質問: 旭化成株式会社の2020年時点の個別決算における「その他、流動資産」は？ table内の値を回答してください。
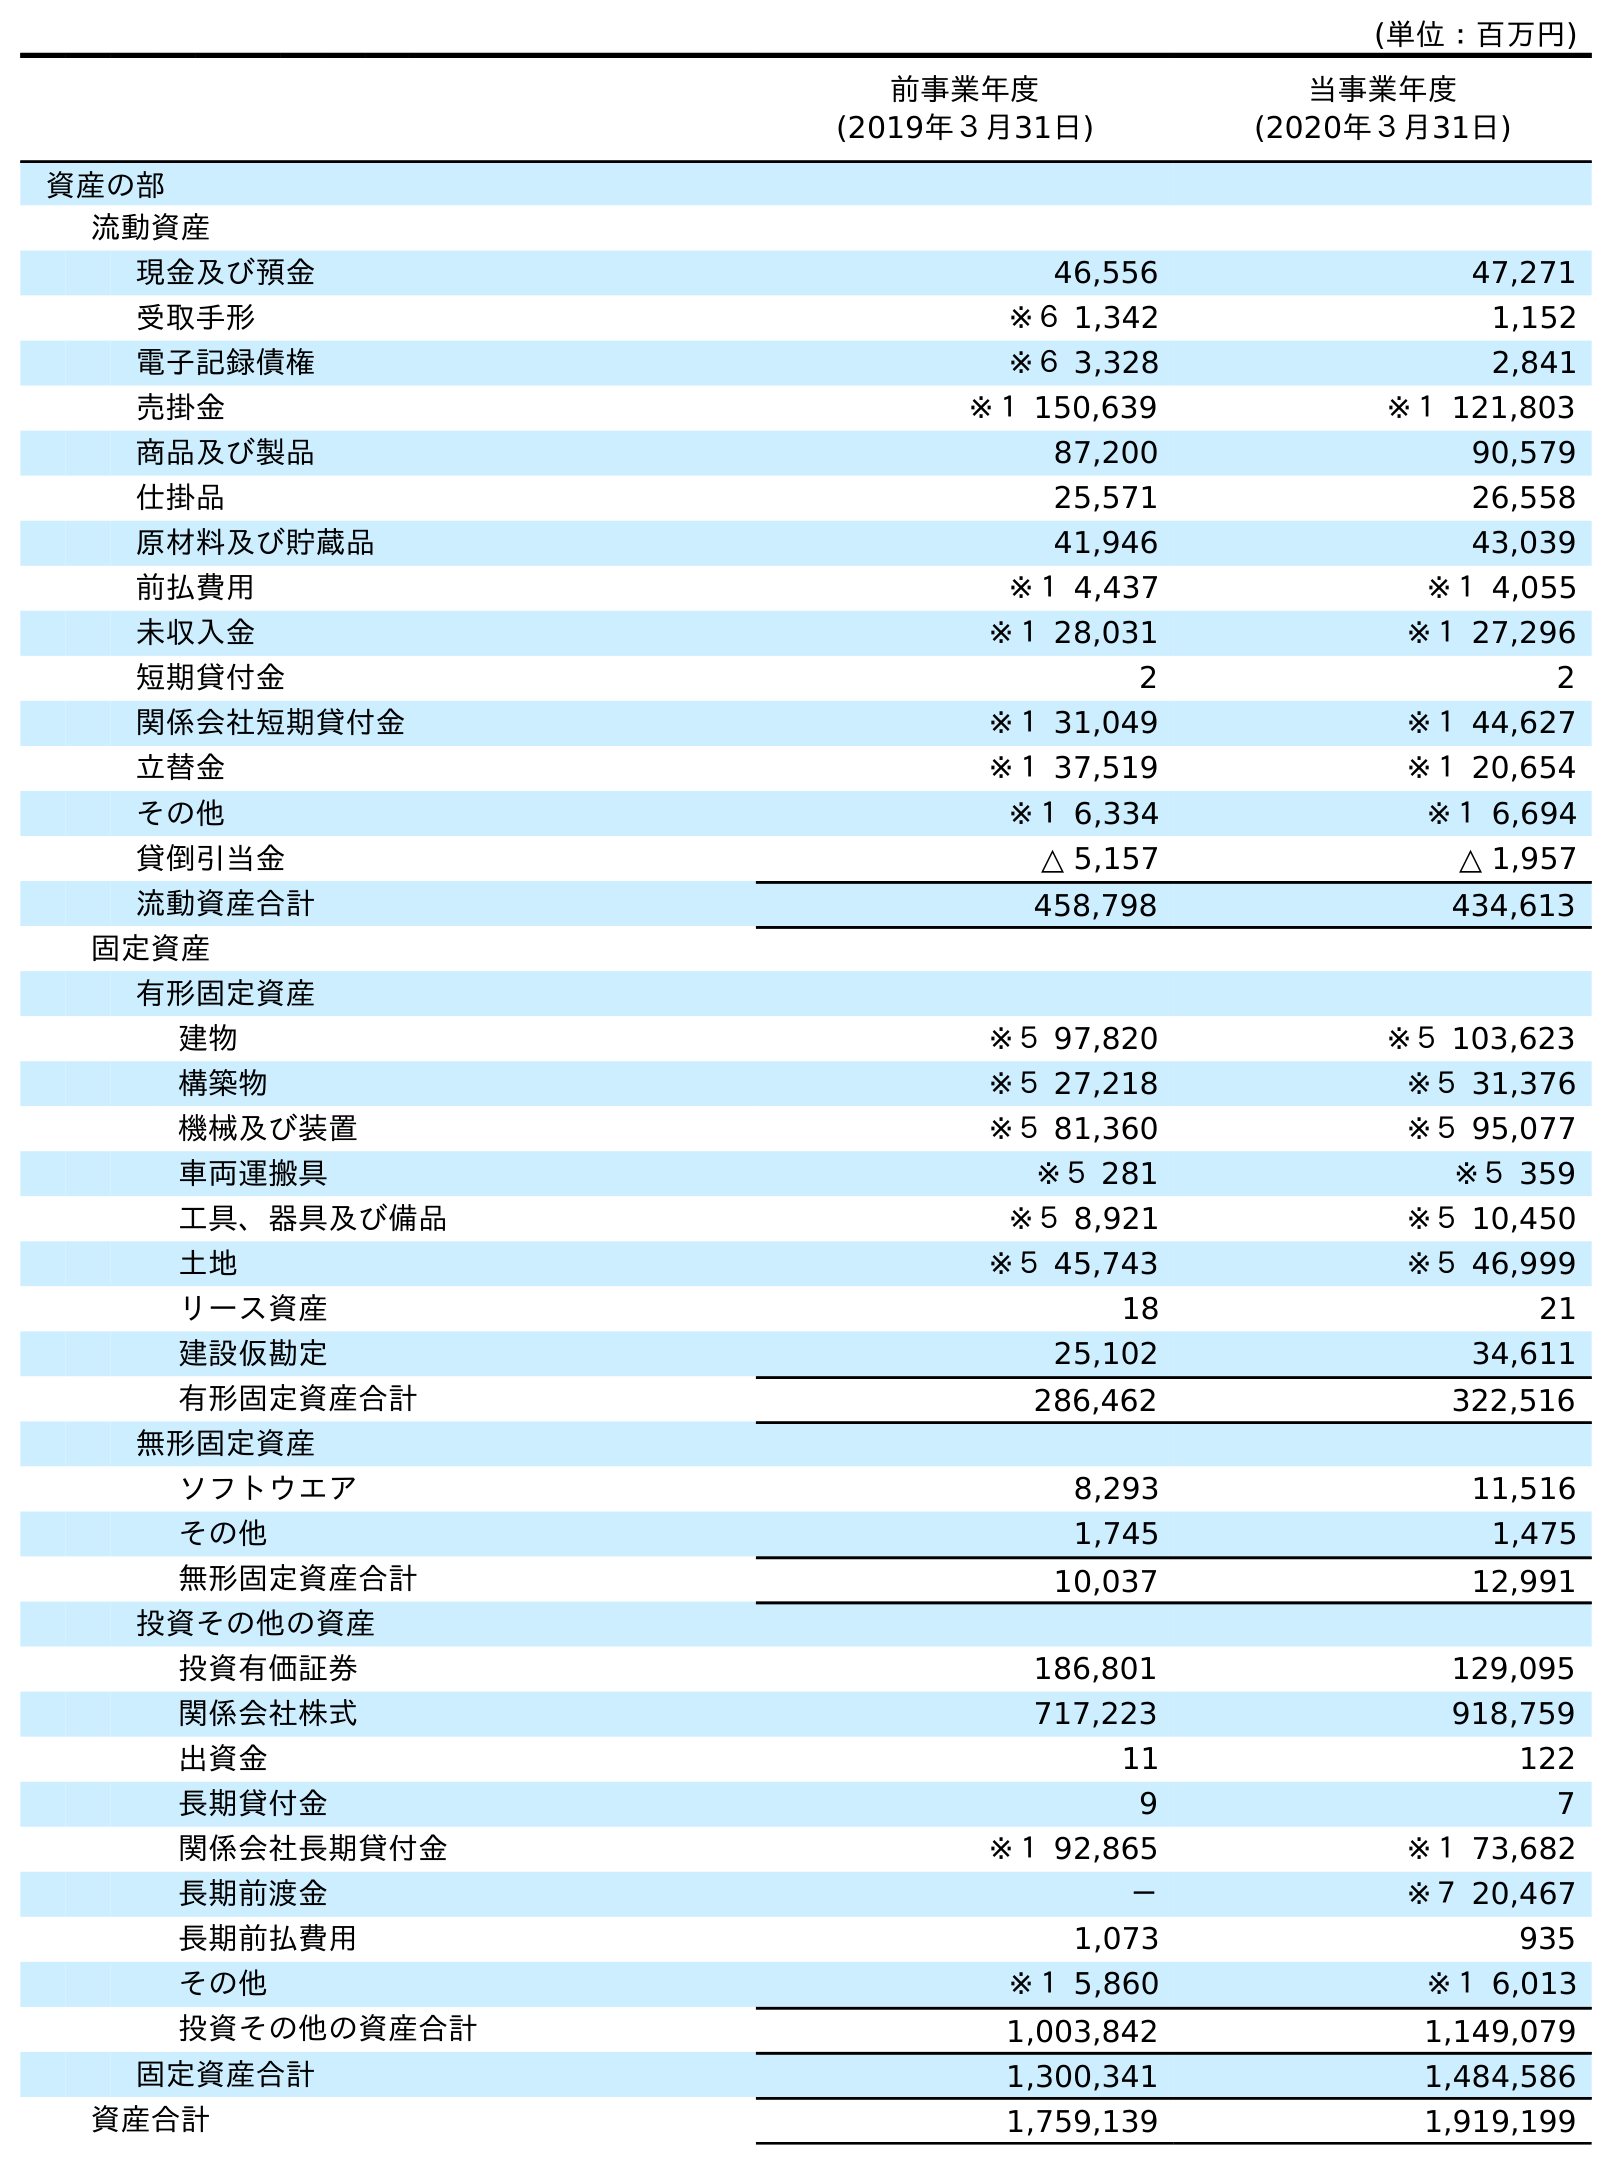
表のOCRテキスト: (単位：百万円) 前事業年度 (2019年３月31日) 当事業年度 (2020年３月31日) 資産の部 流動資産 現金及び預金 46,556 47,271 受取手形 ※６ 1,342 1,152 電子記録債権 ※６ 3,328 2,841 売掛金 ※１ 150,639 ※１ 121,803 商品及び製品 87,200 90,579 仕掛品 25,571 26,558 原材料及び貯蔵品 41,946 43,039 前払費用 ※１ 4,437 ※１ 4,055 未収入金 ※１ 28,031 ※１ 27,296 短期貸付金 2 2 関係会社短期貸付金 ※１ 31,049 ※１ 44,627 立替金 ※１ 37,519 ※１ 20,654 その他 ※１ 6,334 ※１ 6,694 貸倒引当金 △ 5,157 △ 1,957 流動資産合計 458,798 434,613 固定資産 有形固定資産 建物 ※５ 97,820 ※５ 103,623 構築物 ※５ 27,218 ※５ 31,376 機械及び装置 ※５ 81,360 ※５ 95,077 車両運搬具 ※５ 281 ※５ 359 工具、器具及び備品 ※５ 8,921 ※５ 10,450 土地 ※５ 45,743 ※５ 46,999 リース資産 18 21 建設仮勘定 25,102 34,611 有形固定資産合計 286,462 322,516 無形固定資産 ソフトウエア 8,293 11,516 その他 1,745 1,475 無形固定資産合計 10,037 12,991 投資その他の資産 投資有価証券 186,801 129,095 関係会社株式 717,223 918,759 出資金 11 122 長期貸付金 9 7 関係会社長期貸付金 ※１ 92,865 ※１ 73,682 長期前渡金 － ※７ 20,467 長期前払費用 1,073 935 その他 ※１ 5,860 ※１ 6,013 投資その他の資産合計 1,003,842 1,149,079 固定資産合計 1,300,341 1,484,586 資産合計 1,759,139 1,919,199
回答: ※１6,694